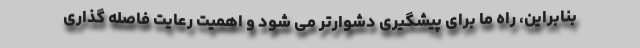
بنابراین، راه ما برای پیشگیری دشوارتر می شود و اهمیت رعایت فاصله گذاری